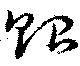
貽